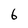
Character: 6